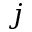
j